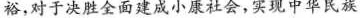
裕，对于决胜全面建成小康社会，实现中华民族